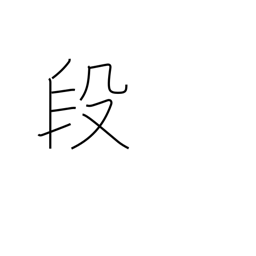
Meaning: stairs